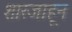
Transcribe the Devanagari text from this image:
शारजाहून